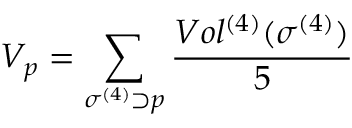
V _ { p } = \sum _ { \sigma ^ { ( 4 ) } \supset p } \frac { V o l ^ { ( 4 ) } ( \sigma ^ { ( 4 ) } ) } { 5 }